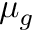
\mu _ { g }